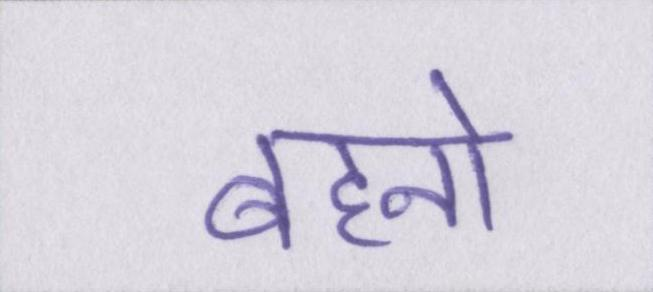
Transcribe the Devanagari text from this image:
बहनो